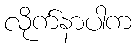
လိုက်နာပါက